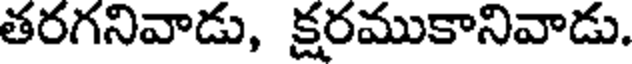
తరగనివాడు, క్షరముకానివాడు.